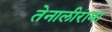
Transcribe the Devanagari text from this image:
तेनालीरामा